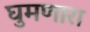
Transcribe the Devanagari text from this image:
घुमणारा